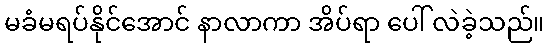
မခံမရပ်နိုင်အောင် နာလာကာ အိပ်ရာ ပေါ် လဲခဲ့သည်။